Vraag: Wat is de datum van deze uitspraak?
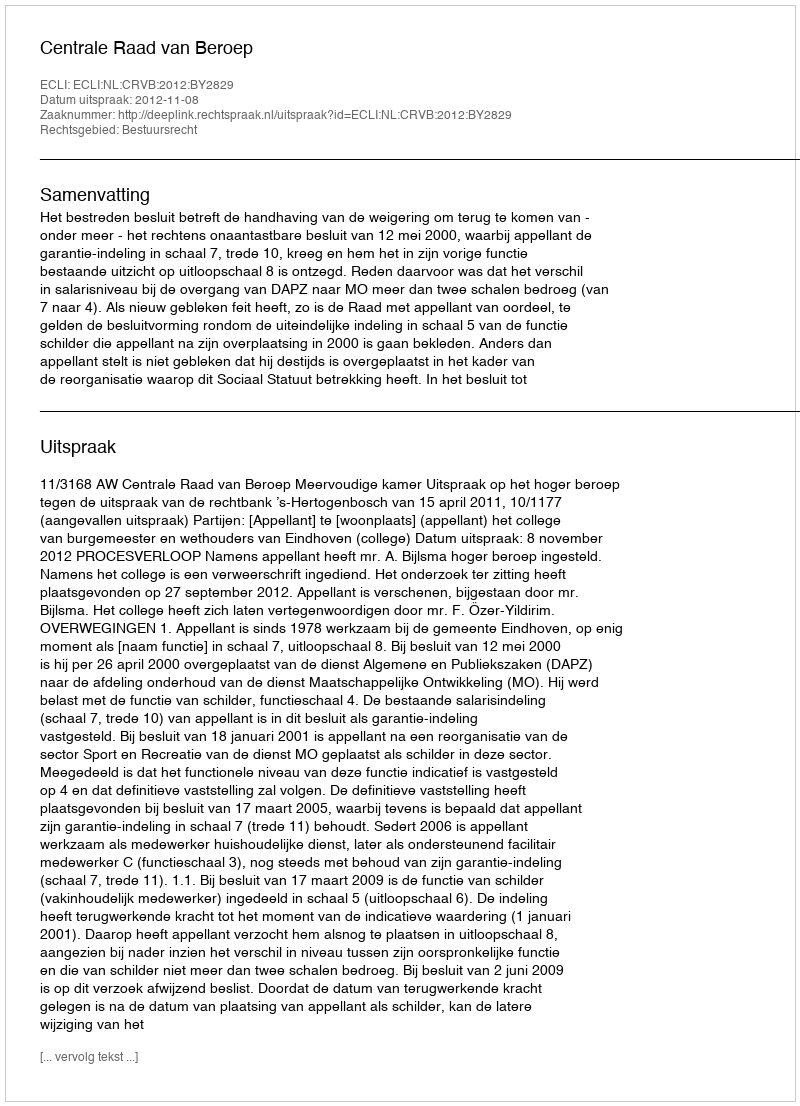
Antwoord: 2012-11-08